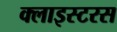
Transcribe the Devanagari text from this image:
क्लाइस्टरस